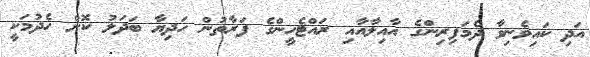
އަދި ކައިވެނިވާ ދެމަފިރިންގެ އާއިލާއާއި ރައްޓެހީންގެ ފަރާތުން ހަދިޔާ ބަދަލު ކޮށް ހެދުމަކީ